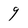
Character: 9